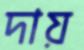
দায়